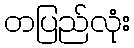
တပြည်လုံး